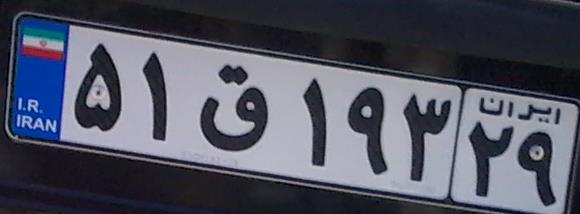
۵۱ق۱۹۳۲۹